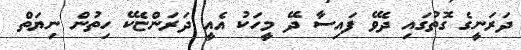
ދަރަނީގެ ގޮތުގައި ދެވޭ ފައިސާ ދޭ މީހަކު އެއީ ދަރަންޏެކޭ ހިތުން ނިޔަތް